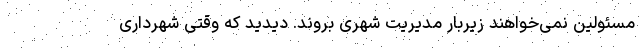
مسئولین نمی‌خواهند زیربار مدیریت شهری بروند. دیدید که وقتی شهرداری